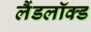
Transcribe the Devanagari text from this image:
लैंडलॉक्ड